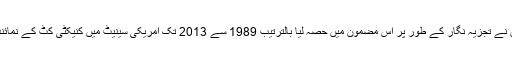
(جو لیبرمین اور ریٹائرڈ جنرل جیک کین ،جنہوں نے تجزیہ نگار کے طور پر اس مضمون میں حصہ لیا بالترتیب 1989 سے 2013 تک امریکی سینیٹ میں کنیکٹی کٹ کے نمائندے اور امریکی فوج کے سابق نائب سربراہ ہیں۔